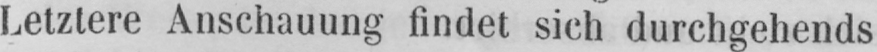
Letztere Anschauung findet sich durchgehends